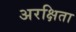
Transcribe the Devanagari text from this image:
अरक्षिता